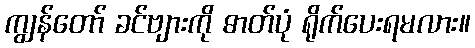
ကျွန်တော် ခင်ဗျားကို ဓာတ်ပုံ ရိုက်ပေးရမလား။